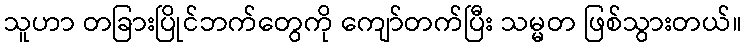
သူဟာ တခြားပြိုင်ဘက်တွေကို ကျော်တက်ပြီး သမ္မတ ဖြစ်သွားတယ်။